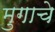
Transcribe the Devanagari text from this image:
मुगाचे